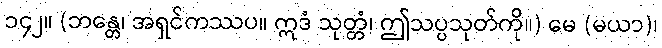
၁၄၂။ (ဘန္တေ၊ အရှင်ကဿပ။ ဣဒံ သုတ္တံ၊ ဤသပ္ပသုတ်ကို။) မေ (မယာ)၊